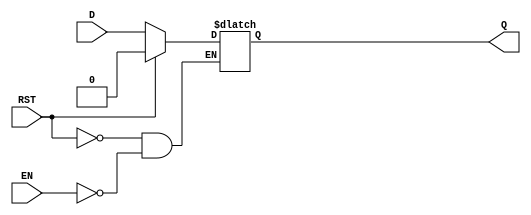
module async_register (
    input wire D,        // Data Input
    input wire EN,       // Enable Signal
    input wire RST,      // Asynchronous Reset
    output reg Q         // Data Output
);

    // Always block for asynchronous behavior
    always @(*) begin
        if (RST) begin
            Q <= 1'b0;   // Reset the register
        end else if (EN) begin
            Q <= D;      // Capture input data when enable is high
        end
        // If EN is low, Q retains its previous value (no action needed)
    end

endmodule